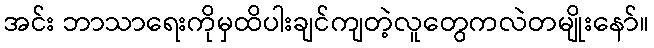
အင်း ဘာသာရေးကိုမှထိပါးချင်ကျတဲ့လူတွေကလဲတမျိုးနော်။